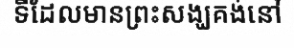
ទីដែលមានព្រះសង្ឃគង់នៅ